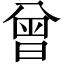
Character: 曾